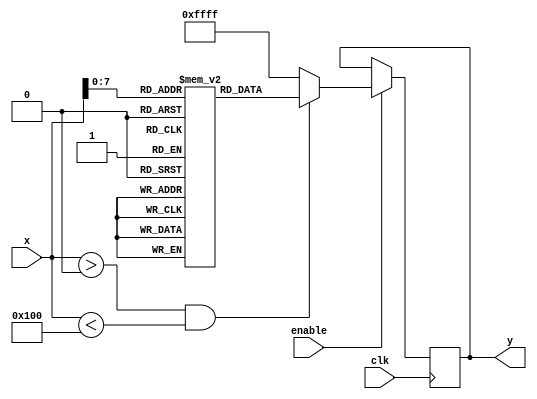
module LogarithmicFunctionGenerator (
    input wire clk,         // Clock signal
    input wire enable,      // Enable signal
    input wire [15:0] x,    // Input signal (16-bit representation)
    output reg [15:0] y     // Output signal (16-bit logarithmic representation)
);

    // Logarithm lookup table (example values; replace with actual logarithm values)
    reg [15:0] log_lut [0:255]; // LUT for values [0, 255]
    
    initial begin
        // Populate the LUT with log10(x) values scaled for fixed-point representation
        // Example values; these should be computed in advance.
        log_lut[1] = 0;     // log10(1) = 0
        log_lut[2] = 3010;  // log10(2) ~ 0.3010 * 10000
        log_lut[3] = 4771;  // log10(3) ~ 0.4771 * 10000
        log_lut[4] = 6021;  // log10(4) ~ 0.6021 * 10000
        // ... fill in for other values up to 255
        log_lut[255] = 5111; // log10(255) ~ 2.511 * 1000
    end

    always @(posedge clk) begin
        if (enable) begin
            if (x > 0 && x < 256) begin
                // Use LUT for logarithm calculation
                y <= log_lut[x];
            end else begin
                // Handle invalid input (x <= 0 or x >= 256)
                y <= 16'hFFFF; // Error signal, or other mechanism to indicate invalid input
            end
        end
    end

endmodule